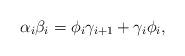
LaTeX: \begin{align*}\alpha_i\beta_{i}=\phi_i \gamma_{i+1}+\gamma_{i} \phi_{i},\end{align*}